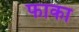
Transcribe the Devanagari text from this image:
फाका